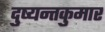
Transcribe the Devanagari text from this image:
दुष्यन्तकुमार